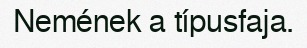
Nemének a típusfaja.